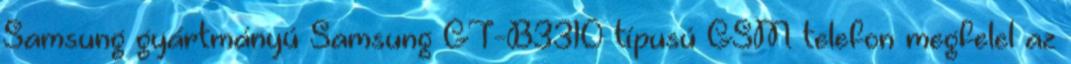
Samsung gyártmányú Samsung GT-B3310 típusú GSM telefon megfelel az